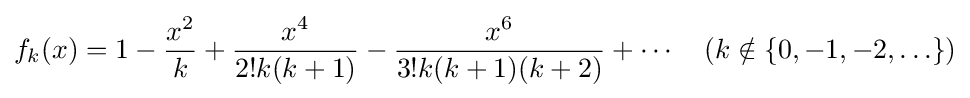
f_{k}(x)=1-{\frac {x^{2}}{k}}+{\frac {x^{4}}{2!k(k+1)}}-{\frac {x^{6}}{3!k(k+1)(k+2)}}+\cdots \quad (k\notin \{0,-1,-2,\ldots \})